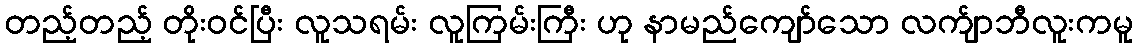
တည့်တည့် တိုးဝင်ပြီး လူသရမ်း လူကြမ်းကြီး ဟု နာမည်ကျော်သော လက်ျာဘီလူးကမူ